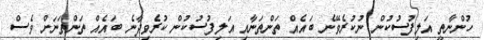
ހުންނާތީ އަލިފުސުކުން ނުކުރެވޭނެ ބައެއް ތަންތަނާއި އަލިފުސުކުން ކުރެވިދާނެ ބައެއް ތަންތަނަށް ވެސް